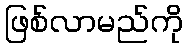
ဖြစ်လာမည်ကို